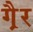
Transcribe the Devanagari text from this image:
गै़र